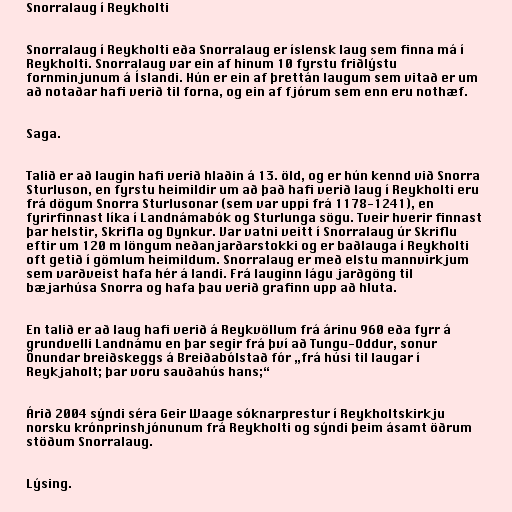
Snorralaug í Reykholti

Snorralaug í Reykholti eða Snorralaug er íslensk laug sem finna má í
Reykholti. Snorralaug var ein af hinum 10 fyrstu friðlýstu
fornminjunum á Íslandi. Hún er ein af þrettán laugum sem vitað er um
að notaðar hafi verið til forna, og ein af fjórum sem enn eru nothæf.

Saga.

Talið er að laugin hafi verið hlaðin á 13. öld, og er hún kennd við Snorra
Sturluson, en fyrstu heimildir um að það hafi verið laug í Reykholti eru
frá dögum Snorra Sturlusonar (sem var uppi frá 1178-1241), en
fyrirfinnast líka í Landnámabók og Sturlunga sögu. Tveir hverir finnast
þar helstir, Skrifla og Dynkur. Var vatni veitt í Snorralaug úr Skriflu
eftir um 120 m löngum neðanjarðarstokki og er baðlauga í Reykholti
oft getið í gömlum heimildum. Snorralaug er með elstu mannvirkjum
sem varðveist hafa hér á landi. Frá lauginn lágu jarðgöng til
bæjarhúsa Snorra og hafa þau verið grafinn upp að hluta.

En talið er að laug hafi verið á Reykvöllum frá árinu 960 eða fyrr á
grundvelli Landnámu en þar segir frá því að Tungu-Oddur, sonur
Önundar breiðskeggs á Breiðabólstað fór „frá húsi til laugar í
Reykjaholt; þar voru sauðahús hans;“

Árið 2004 sýndi séra Geir Waage sóknarprestur í Reykholtskirkju
norsku krónprinshjónunum frá Reykholti og sýndi þeim ásamt öðrum
stöðum Snorralaug.

Lýsing.